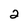
Character: 2